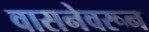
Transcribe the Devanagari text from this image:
वासनेवरून